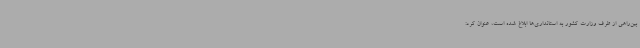
بین‌راهی از طرف وزارت کشور به استانداری‌ها ابلاغ شده است، عنوان کرد: